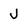
Character: J